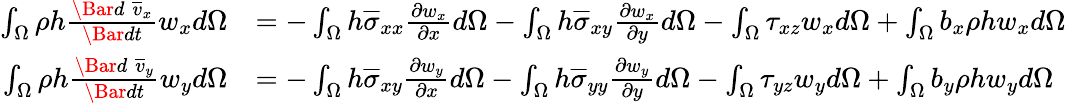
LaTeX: \begin{array}{rl}{\int_{\Omega}\rho h\frac{\Bar{d}\; \overline{{v}}_{x}}{\Bar{dt}}w_{x}d\Omega}&{=-\int_{\Omega}h\overline{{\sigma}}_{xx}\frac{\partial w_{x}}{\partial x}d\Omega-\int_{\Omega}h\overline{{\sigma}}_{xy}\frac{\partial w_{x}}{\partial y}d\Omega-\int_{\Omega}\tau_{xz}w_{x}d\Omega+\int_{\Omega}b_{x}\rho hw_{x}d\Omega}\\ {\int_{\Omega}\rho h\frac{\Bar{d}\; \overline{{v}}_{y}}{\Bar{dt}}w_{y}d\Omega}&{=-\int_{\Omega}h\overline{{\sigma}}_{xy}\frac{\partial w_{y}}{\partial x}d\Omega-\int_{\Omega}h\overline{{\sigma}}_{yy}\frac{\partial w_{y}}{\partial y}d\Omega-\int_{\Omega}\tau_{yz}w_{y}d\Omega+\int_{\Omega}b_{y}\rho hw_{y}d\Omega}\end{array}